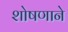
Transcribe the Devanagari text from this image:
शोषणाने